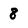
Character: 8